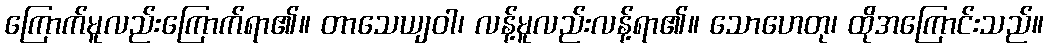
ကြောက်မူလည်းကြောက်ရာ၏။ တာသေယျဝါ၊ လန့်မူလည်းလန့်ရာ၏။ သောဟေတု၊ ထိုအကြောင်းသည်။